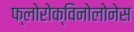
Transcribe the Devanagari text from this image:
फ्लोरोक्विनोलोनेस